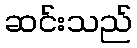
ဆင်းသည်